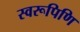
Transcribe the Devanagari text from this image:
स्वरूपिणि